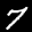
Digit: 7